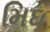
મિધ